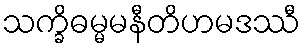
သက္ခိဓမ္မမနီတိဟမဒဿီ